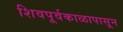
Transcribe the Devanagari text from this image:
शिवपूर्वकाळापासून